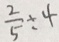
\frac { 2 } { 5 } \div 4